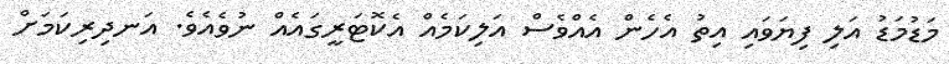
މަޑުމަޑު އަލި ފިޔަވައި އިތު އެހެން އެއްވެސް އަލިކަމެއް އެކޮޓަރީގައެއް ނުވެއެވެ. އަނދިރިކަމަށް